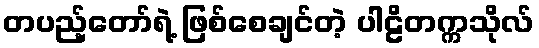
တပည့်တော်ရဲ့ ဖြစ်စေချင်တဲ့ ပါဠိတက္ကသိုလ်